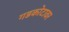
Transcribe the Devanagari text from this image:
गडकोटावर